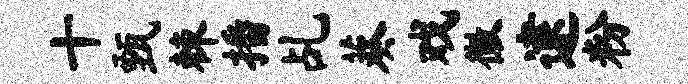
十甄棘播乩葵戏徽逮粉